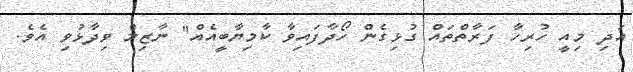
އަދި މިއީ ހުރިހާ ފަރާތްތައް ގުޅިގެން ހޯދާފައިވާ ކާމިޔާބީއެއް" ނާޒިމް ވިދާޅުވި އެވެ.